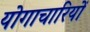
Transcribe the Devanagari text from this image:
योगाचारियों